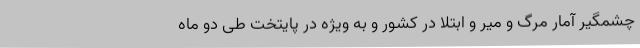
چشمگیر آمار مرگ و میر و ابتلا در کشور و به ویژه در پایتخت طی دو ماه